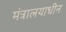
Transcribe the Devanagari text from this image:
मंत्रालयाधीन